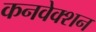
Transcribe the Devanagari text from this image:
कनवेक्शन